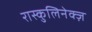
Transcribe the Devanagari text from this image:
रास्कुलिनेक्ज़